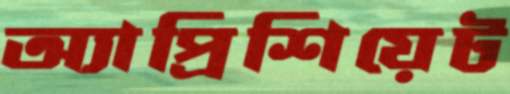
অ্যাপ্রিশিয়েট